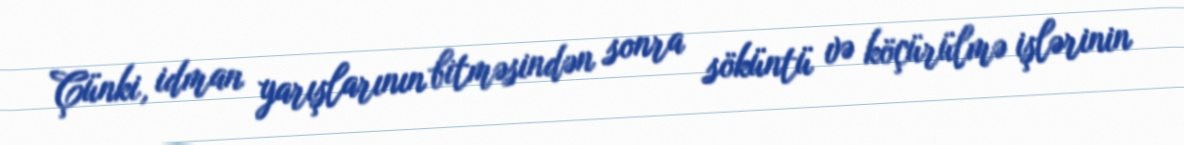
Çünki, idman yarışlarının bitməsindən sonra söküntü və köçürülmə işlərinin